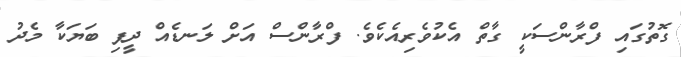
ގޮތުގައި ފްރާންސަކީ ގާތް އެކުވެރިއެކެވެ. ފްރާންސް އަށް ލަނޑެއް ދީފި ބަޔަކާ މެދު